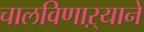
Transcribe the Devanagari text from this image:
चालविणाऱ्याने